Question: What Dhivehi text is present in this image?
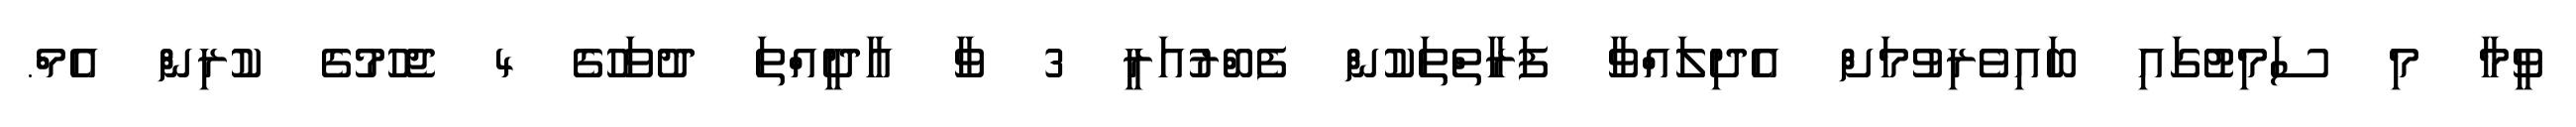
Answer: ވީމާ މި ސަމިޓުގައި ބައިވެރިވުމަށް އެދިލައްވާ ފަރާތްތަކުން ފެބްރުއަރީ 3 ވާ އާދީއްތަ ދުވަހުގެ 4 ޖެހުމުގެ ކުރިން އެމް.